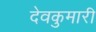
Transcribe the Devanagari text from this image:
देवकुमारी